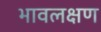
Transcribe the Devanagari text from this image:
भावलक्षण